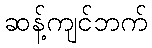
ဆန့်ကျင်ဘက်